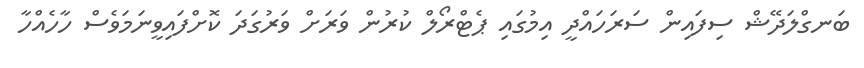
ބަނގްލަދޭޝް ސިފައިން ސަރަހައްދީ އިމުގައި ޕެޓްރޯލް ކުރުން ވަރަށް ވަރުގަދަ ކޮށްފައިވީނަމަވެސް ހާހެއްހާ